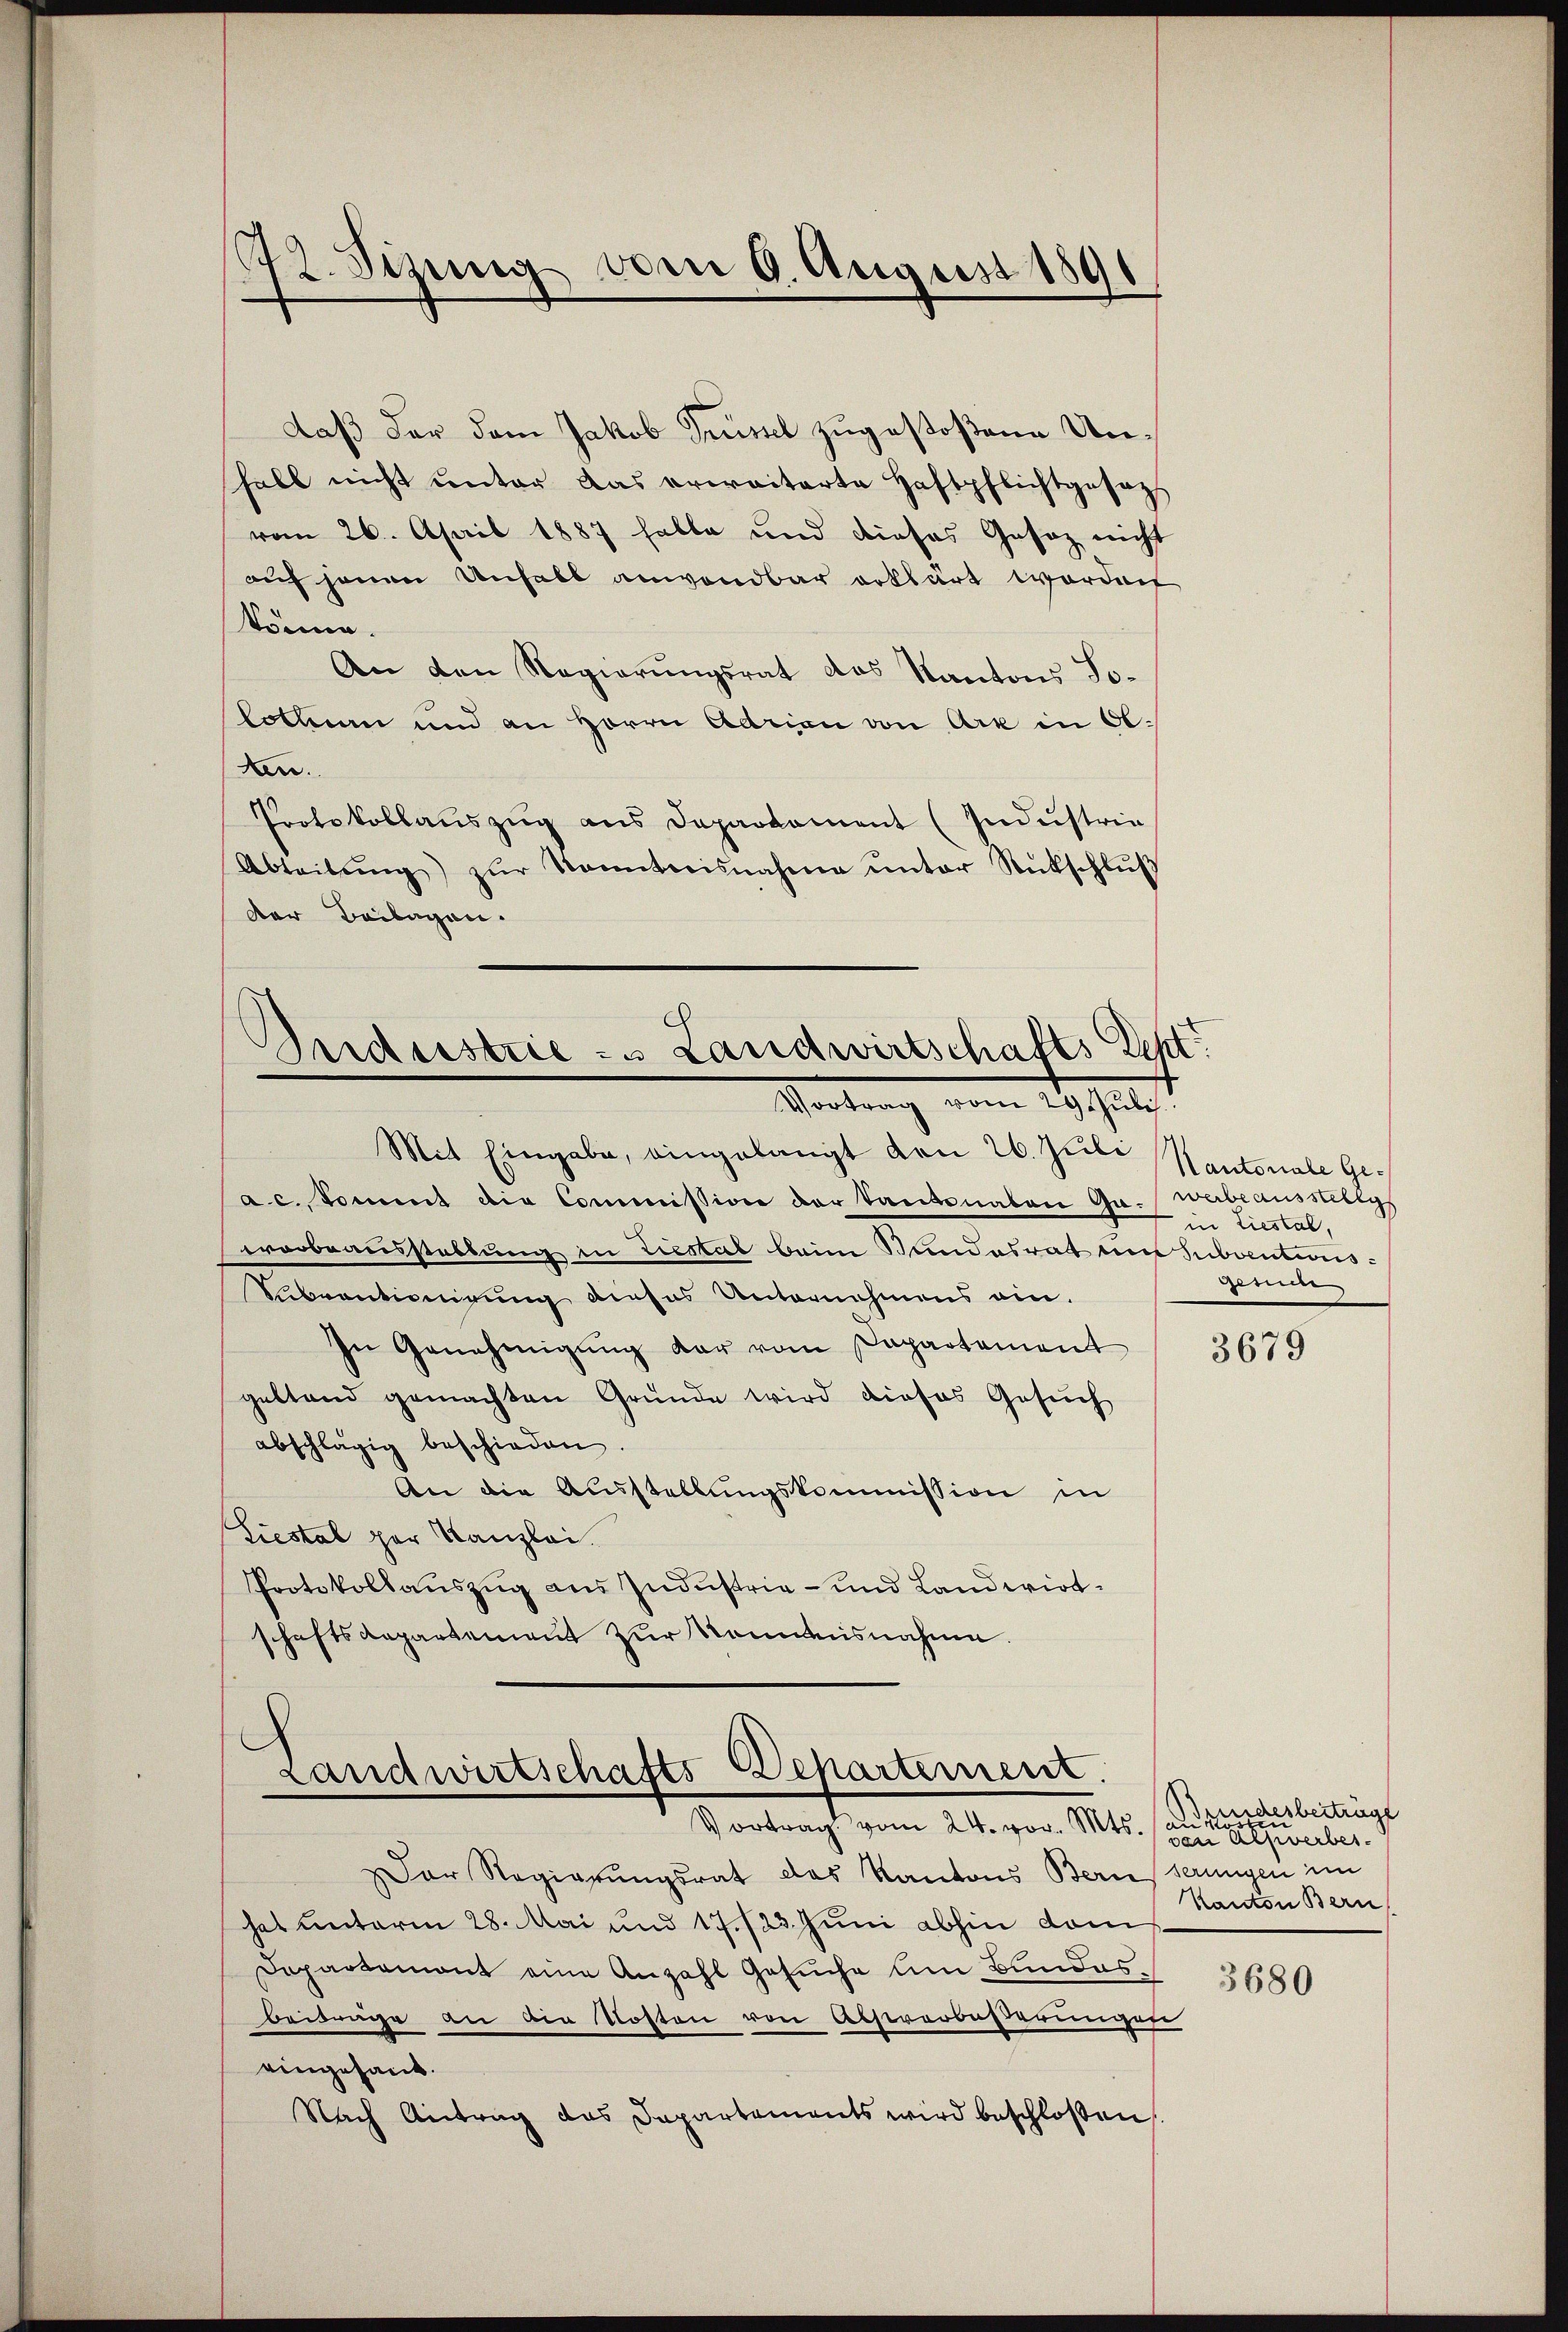
122. Sizung vom 9. August 1891

daß der dem Jakob Trüssel zugestoßene Unhall nicht ŭnter das erweiterte Haftpflichtgesezt
vom 26. April 1887 hatte und dieses Gesaz nicht
auf jenen Unhalt anwendbar erklärt worden
könne.
An den Regierungsrat des Kantons So-
lothurn und an Herrn Adrian von Art in Ob.
den.
Protokollauszug aus Departament (Industria
Abteilŭng zŭr Kenntnisnahme ŭnter Rückschlŭβ
der Beilagen.
Mit Eingabe, eingelangt den 26. Juli
ac. kommt die Commission der Kantonalen Ga-werbeausstellg
worbeausstellung in Liestal beim Bundesrat in Subventions¬
Subventinigung dieses Unternehmens ein.
In Genehmigung dar vom separtament
gestand gemachten Gründe wird dieses Gesuch
abschlägig beschieden.
An die Ausstellungskommission in
Liestal par Kanzlei.
Protokollauszug aus Industrie- und Landwirtschaftsdepartement zur Kommisnahme.

Bndustrie - Landwirtschaftsteht
Vortrag vom 29. Juli.

Landwirtschafts Departement
Vortrag vom 24. vor. Mts. an die beträge

Der Regierungsrat des Kantons Berns serungen im
hat unterm 28. Mai und 17./23. Juni abhin dem
Dopartemont eine Anzahl Gesuche um Bundesbeibrüche an den Kosten von Absterbusterungen
eingehans.
Nach Antrag das Departements wird beschloßen

Kautoriale Gein Liestal,
Geruche

3679

von Ulzverbes
Kanton Bern

3680